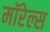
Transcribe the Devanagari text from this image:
मॉरेल्स